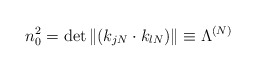
\begin{align*}n_0^2 = \det\| (k_{jN} \cdot k_{lN}) \| \equiv \Lambda^{(N)}\end{align*}